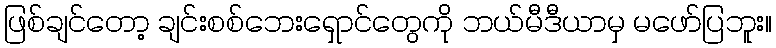
ဖြစ်ချင်တော့ ချင်းစစ်ဘေးရှောင်တွေကို ဘယ်မီဒီယာမှ မဖော်ပြဘူး။